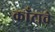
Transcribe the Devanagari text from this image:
काँटाचे